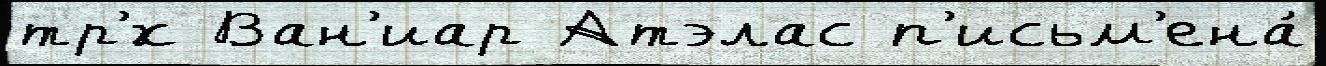
тр'́х Ван'иар Атэлас п'исьм'ена́